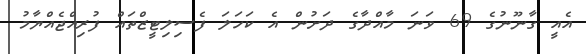
އެއީ ގާނޫނުގެ 69 ވަނަ މާއްދާގެ ދަށުން އެ ކަހަލަ ފެސިލިޓީޒްތައް ފުރިއްޖެއްޔާމު